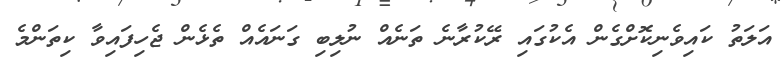
އަލަތު ކައިވެނިކޮށްގެން އެކުގައި ރޭކުރާނެ ތަނެއް ނުލިބި ގަނައެއް ތެޅެން ޖެހިފައިވާ ކިތަންމެ